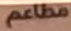
مطاعم